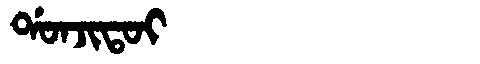
Manchu: ᡩᠣᠨᠵᡳᡨᠣᡳ
Romanization: DONJITOI